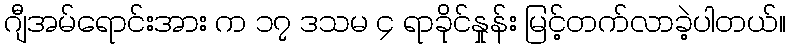
ဂျီအမ်ရောင်းအား က ၁၇ ဒသမ ၄ ရာခိုင်နှုန်း မြင့်တက်လာခဲ့ပါတယ်။